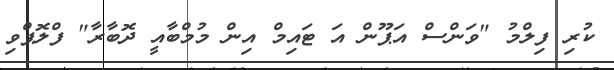
ކުރި ފިލްމު "ވަންސް އަޕޫން އަ ޓައިމް އިން މުމްބާއީ ދޮބާރާ" ފްލޮޕްވި